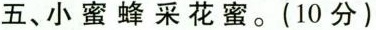
五、小蜜蜂采花蜜。(10分)